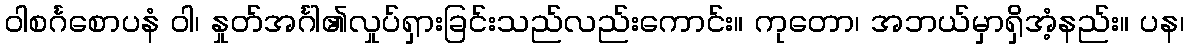
ဝါစင်္ဂစောပနံ ဝါ၊ နှုတ်အင်္ဂါ၏လှုပ်ရှားခြင်းသည်လည်းကောင်း။ ကုတော၊ အဘယ်မှာရှိအံ့နည်း။ ပန၊